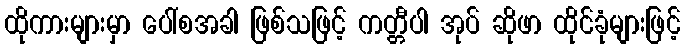
ထိုကားများမှာ ပေါ်စအခါ ဖြစ်သဖြင့် ကတ္တီပါ အုပ် ဆိုဖာ ထိုင်ခုံများဖြင့်